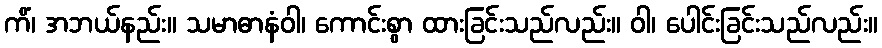
ကိံ၊ အဘယ်နည်း။ သမာဓာနံဝါ၊ ကောင်းစွာ ထားခြင်းသည်လည်း။ ဝါ၊ ပေါင်းခြင်းသည်လည်း။